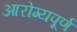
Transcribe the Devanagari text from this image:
आरोग्यपूर्ण